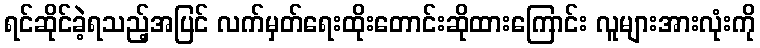
ရင်ဆိုင်ခဲ့ရသည့်အပြင် လက်မှတ်ရေးထိုးတောင်းဆိုထားကြောင်း လူများအားလုံးကို